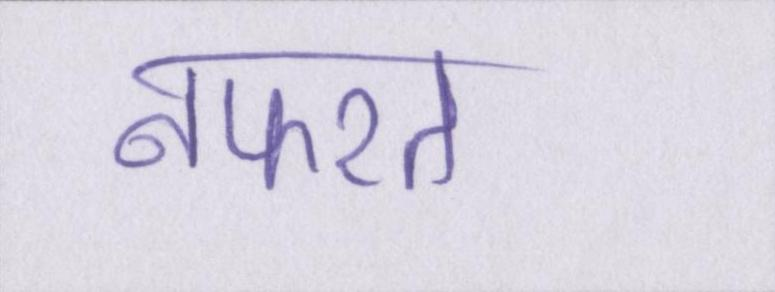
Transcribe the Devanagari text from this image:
नफरत